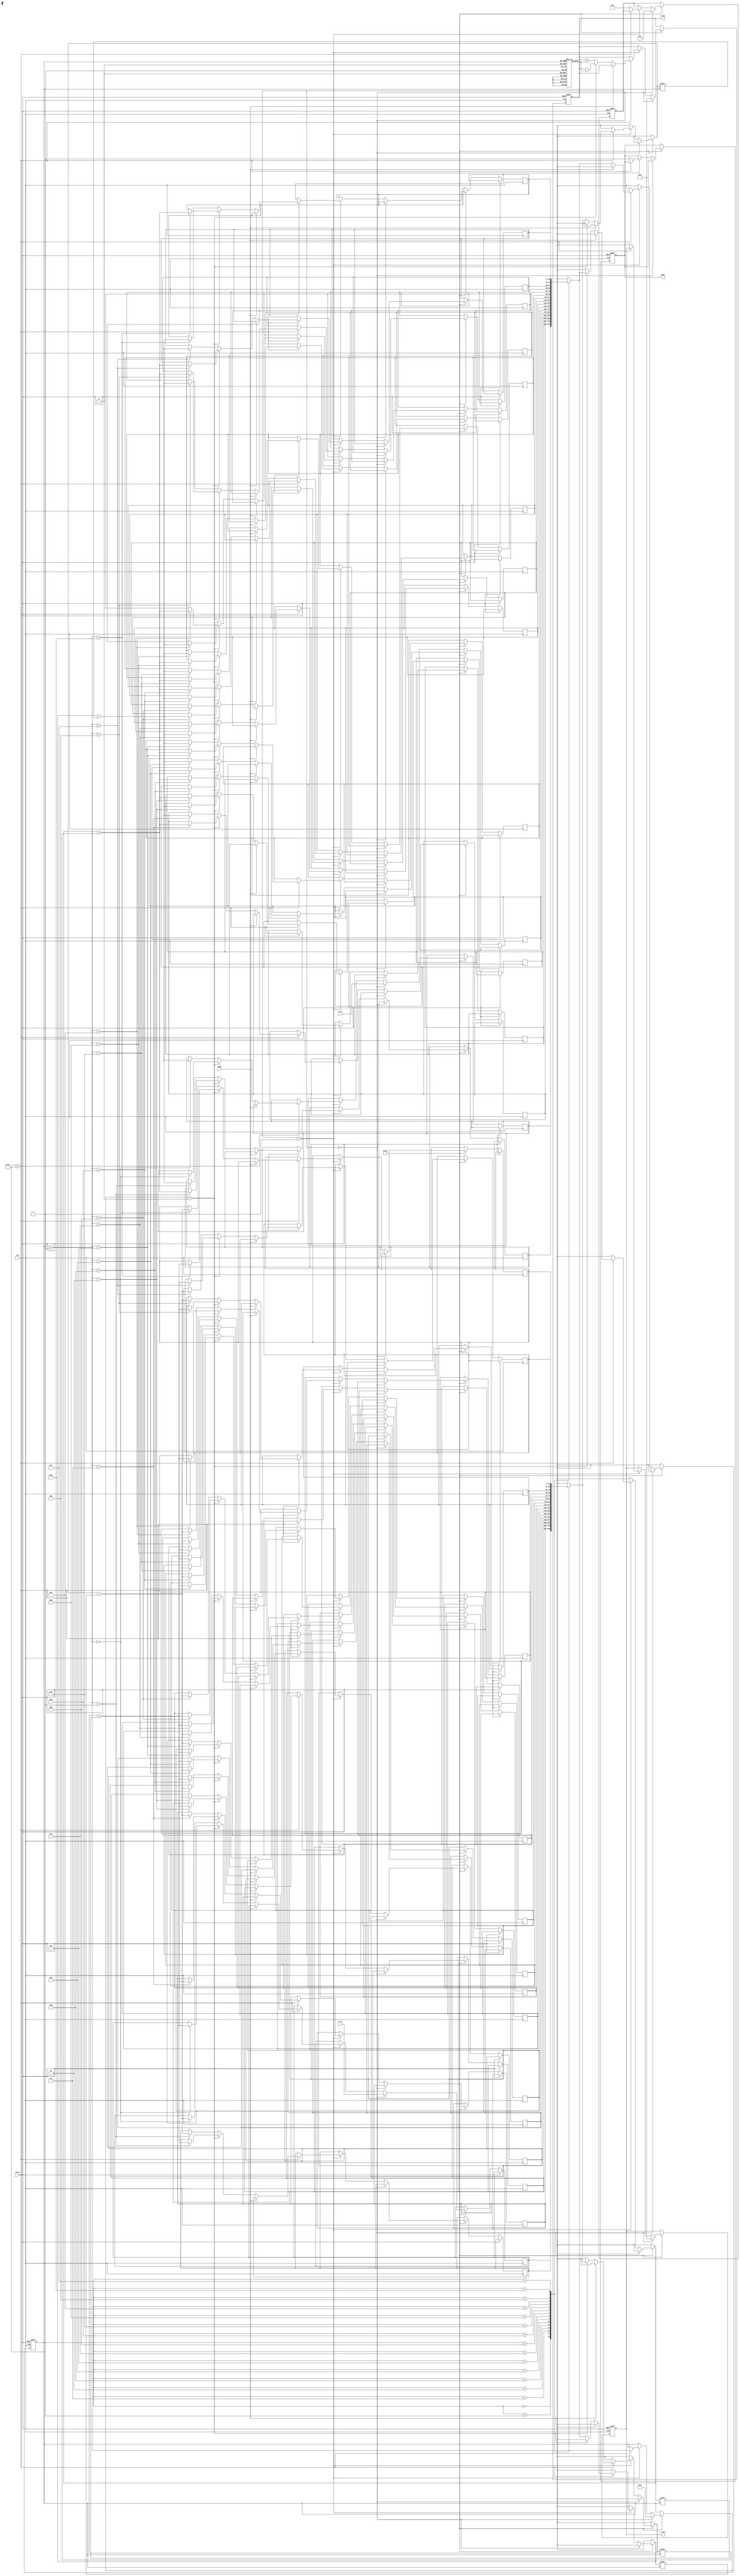
module complex_cordic (
    input wire clk,
    input wire reset,
    input wire start,
    input wire mode, // 0 for rotation, 1 for vectoring
    input wire signed [15:0] x_in, // Real part of input
    input wire signed [15:0] y_in, // Imaginary part of input
    output reg signed [15:0] z_out, // Real part of output (cosine/sine or angle)
    output reg signed [15:0] w_out, // Imaginary part of output (sine/cosine or normalized vector)
    output reg done // Indicates completion of operation
);

    parameter NUM_ITERATIONS = 16; // Number of iterations for CORDIC
    reg signed [15:0] x[0:NUM_ITERATIONS-1]; // X values
    reg signed [15:0] y[0:NUM_ITERATIONS-1]; // Y values
    reg signed [15:0] angle[0:NUM_ITERATIONS-1]; // Pre-calculated angles
    reg [3:0] iteration; // Iteration counter
    reg [3:0] state; // State of the FSM

    // Pre-calculated angles in fixed-point representation
    initial begin
        angle[0] = 16'h3FFF; // 45 degrees in Q15 format
        angle[1] = 16'h3FB3; // 26.565 degrees
        angle[2] = 16'h3F9D; // 14.036 degrees
        angle[3] = 16'h3F8F; // 7.125 degrees
        // Add more angles as needed...
    end

    always @(posedge clk or posedge reset) begin
        if (reset) begin
            z_out <= 0;
            w_out <= 0;
            done <= 0;
            iteration <= 0;
            state <= 0;
        end else if (start) begin
            if (state == 0) begin
                // Initialization
                x[0] <= x_in;
                y[0] <= y_in;
                z_out <= 0; // Reset outputs
                w_out <= 0;
                iteration <= 0;
                state <= 1; // Move to processing state
            end else if (state == 1) begin
                // CORDIC iterations
                if (iteration < NUM_ITERATIONS) begin
                    if (mode == 0) begin // Rotation mode
                        if (y[iteration] < 0) begin
                            x[iteration + 1] <= x[iteration] + (y[iteration] >>> iteration);
                            y[iteration + 1] <= y[iteration] + (x[iteration] >>> iteration);
                            z_out <= z_out - angle[iteration];
                        end else begin
                            x[iteration + 1] <= x[iteration] - (y[iteration] >>> iteration);
                            y[iteration + 1] <= y[iteration] - (x[iteration] >>> iteration);
                            z_out <= z_out + angle[iteration];
                        end
                    end else begin // Vectoring mode
                        // Implement vectoring logic here...
                    end
                    iteration <= iteration + 1;
                end else begin
                    // Final output after iterations
                    w_out <= y[NUM_ITERATIONS]; // Final Y output
                    done <= 1; // Mark done
                    state <= 2; // Move to done state
                end
            end
        end
    end
endmodule